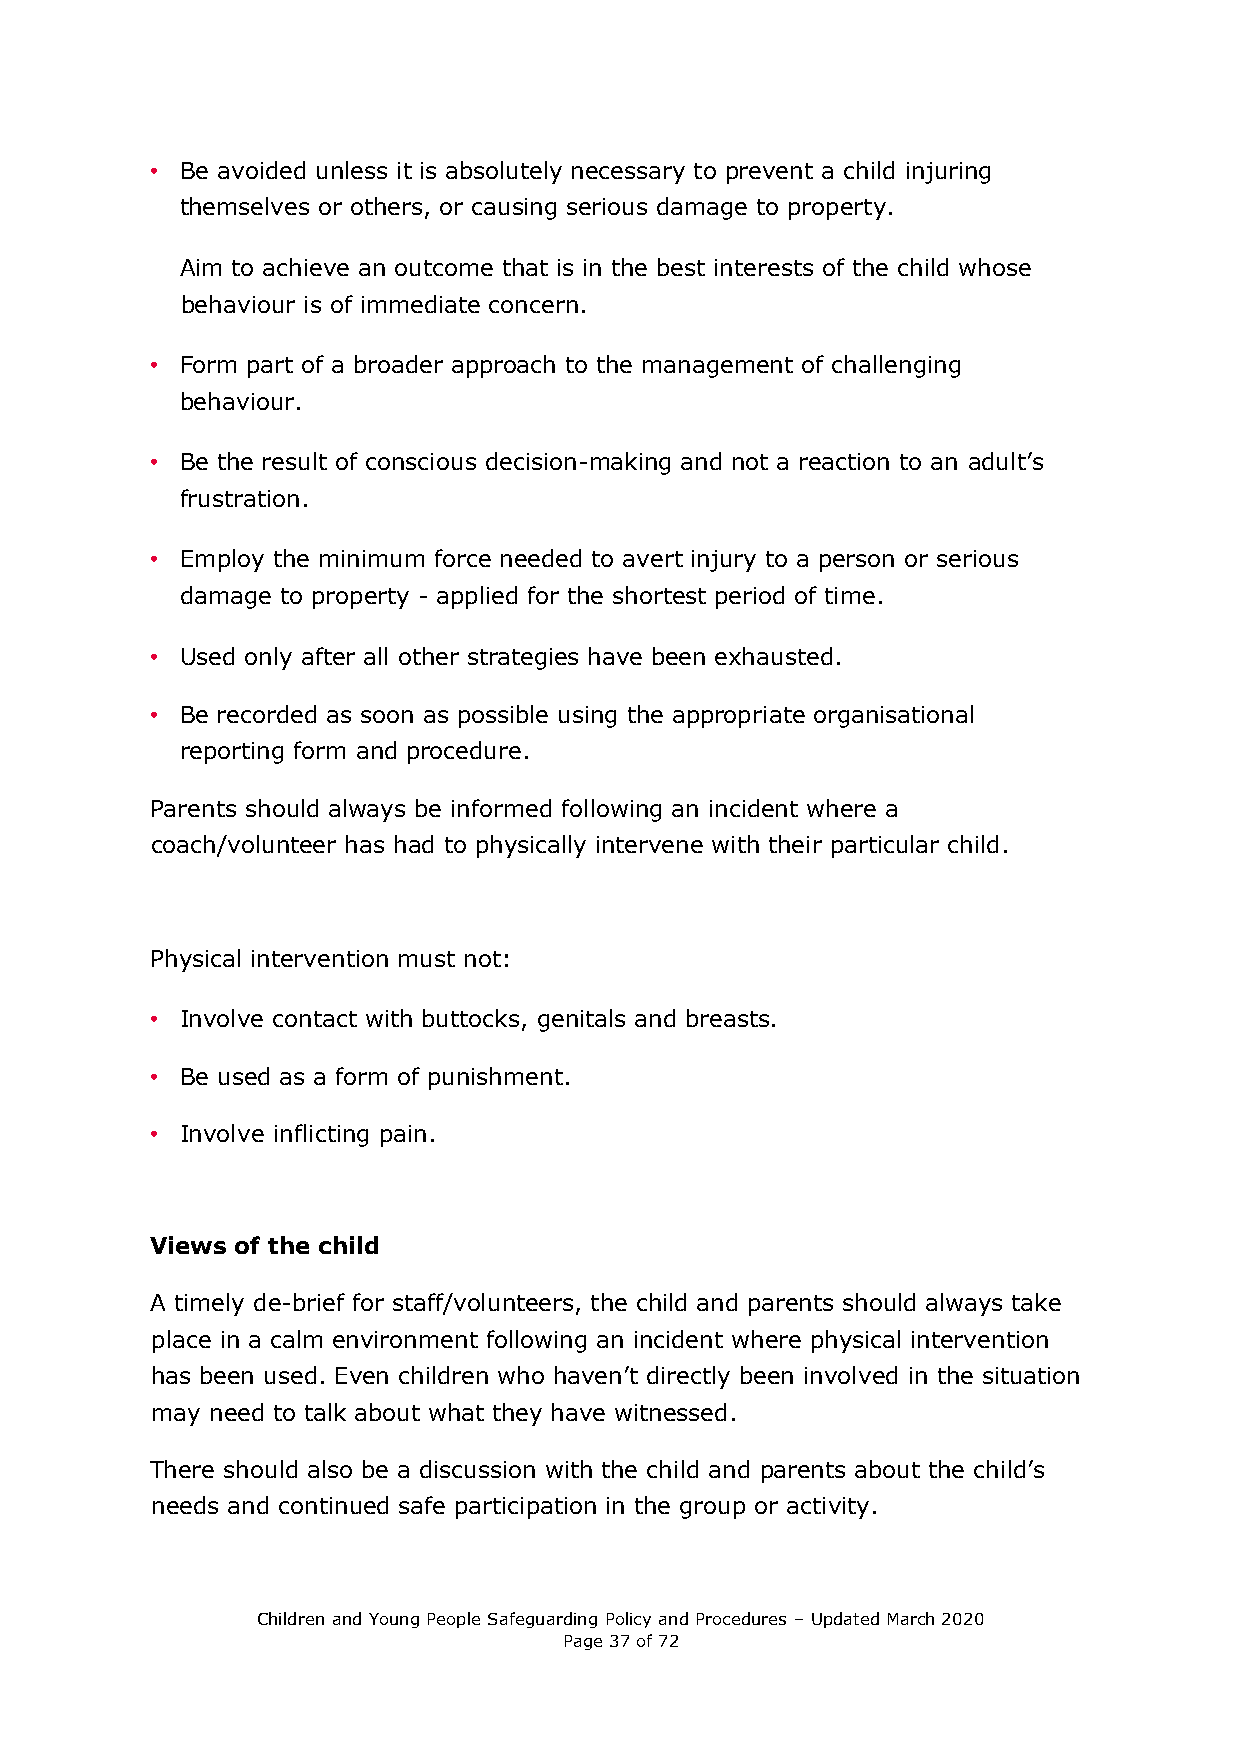
• Be avoided unless it is absolutely necessary to prevent a child injuring
 themselves or others, or causing serious damage to property.
 Aim to achieve an outcome that is in the best interests of the child whose
 behaviour is of immediate concern.
 • Form part of a broader approach to the management of challenging
 behaviour.
 • Be the result of conscious decision-making and not a reaction to an adult’s
 frustration.
 • Employ the minimum force needed to avert injury to a person or serious
 damage to property - applied for the shortest period of time.
 • Used only after all other strategies have been exhausted.
 • Be recorded as soon as possible using the appropriate organisational
 reporting form and procedure.
 Parents should always be informed following an incident where a
 coach/volunteer has had to physically intervene with their particular child.
 Physical intervention must not:
 • Involve contact with buttocks, genitals and breasts.
 • Be used as a form of punishment.
 • Involve inflicting pain.
 Views of the child
 A timely de-brief for staff/volunteers, the child and parents should always take
 place in a calm environment following an incident where physical intervention
 has been used. Even children who haven’t directly been involved in the situation
 may need to talk about what they have witnessed.
 There should also be a discussion with the child and parents about the child’s
 needs and continued safe participation in the group or activity.
 Children and Young People Safeguarding Policy and Procedures – Updated March 2020
 Page 37 of 72